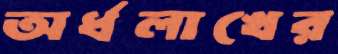
অর্ধলাখের